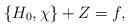
LaTeX: \begin{align*} \{ H_0,\chi \} + Z &= f,\end{align*}